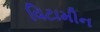
વિટામીન